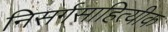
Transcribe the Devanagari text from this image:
निसर्गसाहित्यीक